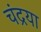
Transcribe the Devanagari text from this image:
चंद्रया